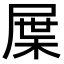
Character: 屟